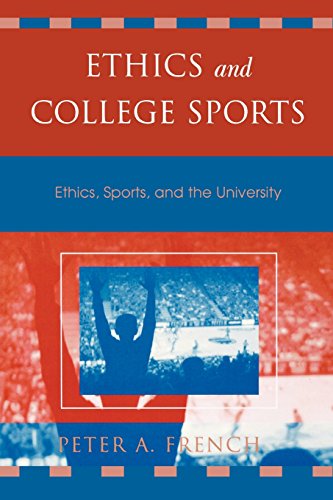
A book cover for Ethics and College Sports: Ethics, Sports, and the University (Issues in Academic Ethics); Peter A. French; Sports & Outdoors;